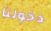
دخولنا